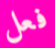
فعل